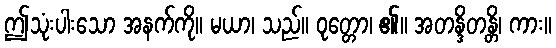
ဤသုံးပါးသော အနက်ကို။ မယာ၊ သည်။ ဝုတ္တော၊ ၏။ အတန္ဒိတန္တိ၊ ကား။